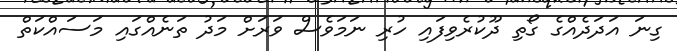
ގިނަ އަދަދެއްގެ ގޯތި ދޫކުރެވިފައި ހުރި ނަމަވެސް ވަރަށް މަދު ތަނެއްގައި މަސައްކަތް